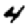
Digit: 4